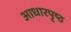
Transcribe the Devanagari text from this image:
आधारपृष्ठ